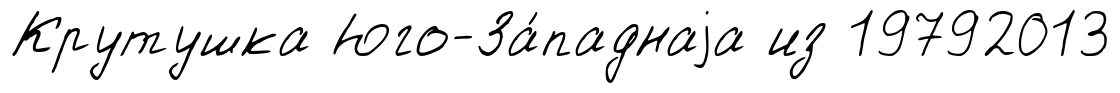
Крутушка Юго-За́паднаjа из 19792013